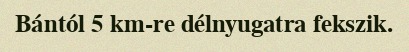
Bántól 5 km-re délnyugatra fekszik.